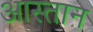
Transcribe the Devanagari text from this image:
आस्तान